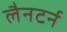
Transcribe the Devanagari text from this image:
लैनटर्न